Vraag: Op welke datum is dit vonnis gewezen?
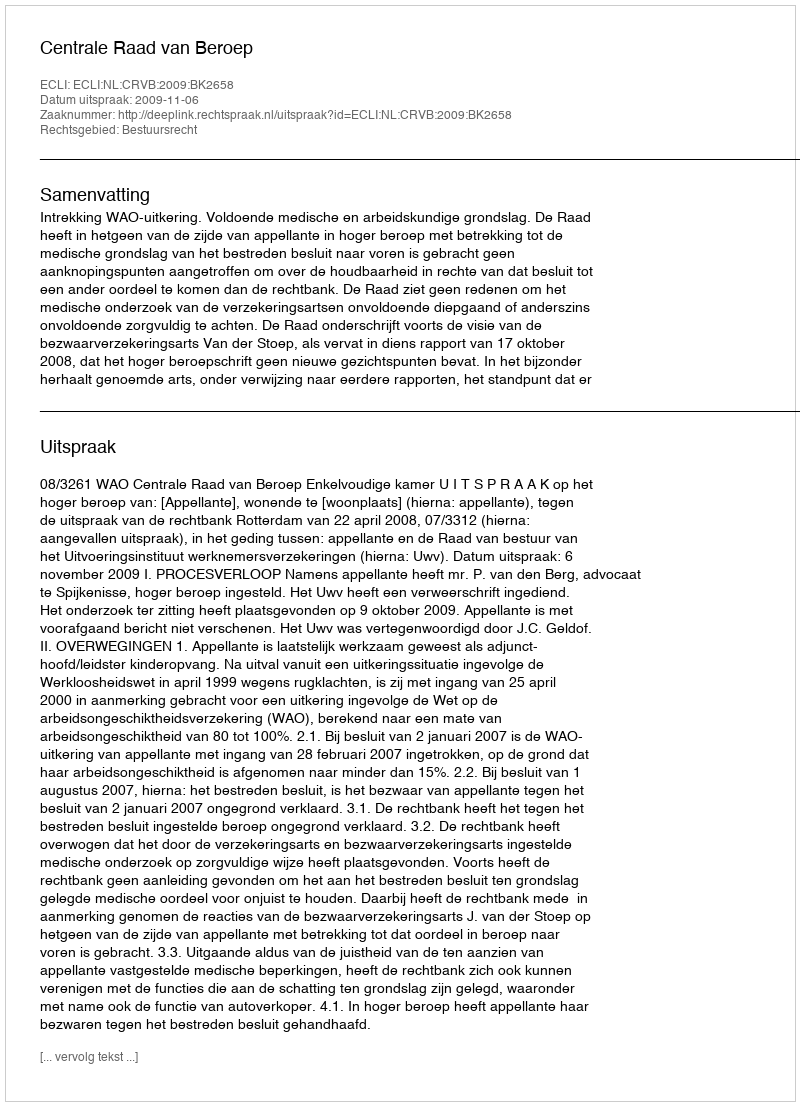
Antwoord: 2009-11-06